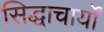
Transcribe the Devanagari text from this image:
सिद्धाचार्यों